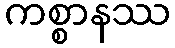
ကစ္စာနဿ